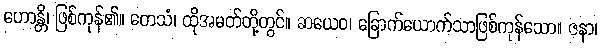
ဟောန္တိ၊ ဖြစ်ကုန်၏။ တေသံ၊ ထိုအမတ်တို့တွင်။ ဆယေဝ၊ ခြောက်ယောက်သာဖြစ်ကုန်သော။ ဇနာ၊